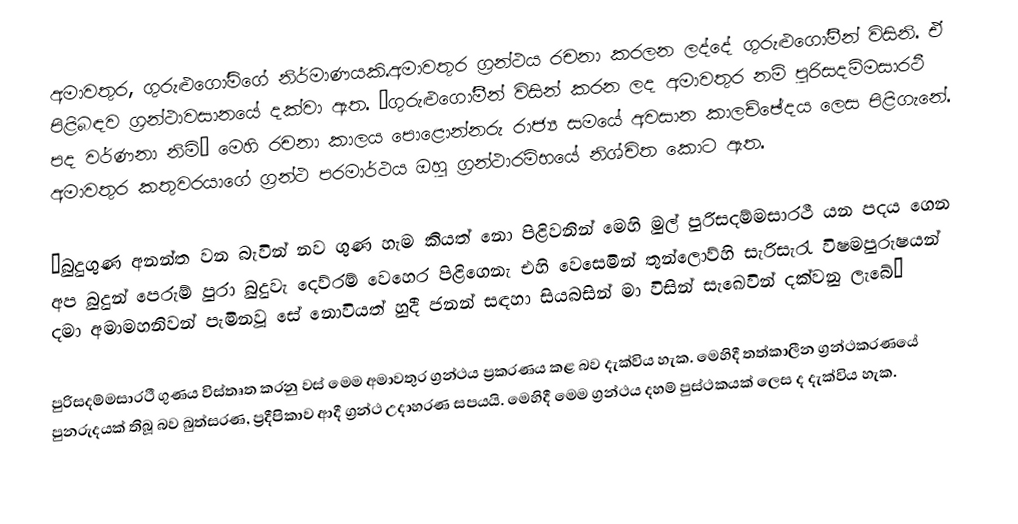
අමාවතුර, ගුරුළුගෝමිගේ නිර්මාණයකි.අමාවතුර ග්‍රන්ථය රචනා කරලන ලද්දේ ගුරුළුගෝමීන් විසිනි. ඒ පිළිබඳව ග්‍රන්ථාවසානයේ දක්වා ඇත. “ගුරුළුගෝමීන් විසින් කරන ලද අමාවතුර නම් පුරිසදම්මසාරථී පද වර්ණනා නිමි”  මෙහි රචනා කාලය පොළොන්නරු රාජ්‍ය සමයේ අවසාන කාලච්ඡේදය ලෙස පිළිගැනේ. අමාවතුර කතුවරයාගේ ග්‍රන්ථ පරමාර්ථය ඔහු ග්‍රන්ථාරම්භයේ නිශ්චිත කොට ඇත.

           “බුදුගුණ අනන්ත වන බැවින් නව ගුණ හැම කියත් නො පිළිවනින් මෙහි මුල් පුරිසදම්මසාරථී යන පදය ගෙන අප බුදුන් පෙරුම් පුරා බුදුවැ දෙව්රම් වෙහෙර පිළිගෙනැ එහි වෙසෙමින් තුන්ලොව්හි සැරිසැරැ විෂමපුරුෂයන් දමා අමාමහනිවන් පැමිනවූ සේ නොවියත් හුදී ජනන් සඳහා සියබසින් මා විසින් සැඛෙවින් දක්වනු ලැබේ”

              පුරිසදම්මසාරථී ගුණය විස්තෘත කරනු වස් මෙම අමාවතුර ග්‍රන්ථය ප්‍රකරණය කළ බව දැක්විය හැක. මෙහිදී තත්කාලීන ග්‍රන්ථකරණයේ පුනරුදයක් තිබූ බව බුත්සරණ, ප්‍රදීපිකාව ආදී ග්‍රන්ථ උදාහරණ සපයයි. මෙහිදී මෙම ග්‍රන්ථය දහම් පුස්ථකයක් ලෙස ද දැක්විය හැක.